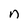
Character: n